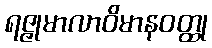
ရဇ္ဇုမာလာဝိမာနဝတ္ထု